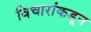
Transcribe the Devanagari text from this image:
विचारांकडून